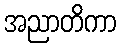
အညာတိကာ